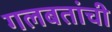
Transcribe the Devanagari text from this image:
गलबतांची